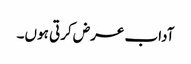
آداب عرض کرتی ہوں۔